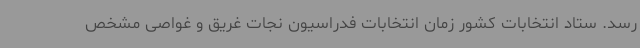
رسد. ستاد انتخابات کشور زمان انتخابات فدراسیون نجات غریق و غواصی مشخص